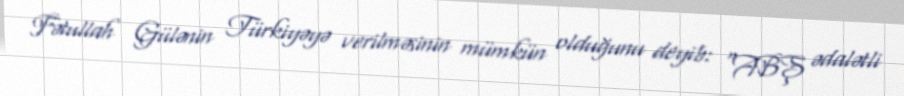
Fətullah Gülənin Türkiyəyə verilməsinin mümkün olduğunu deyib: “ABŞ ədalətli